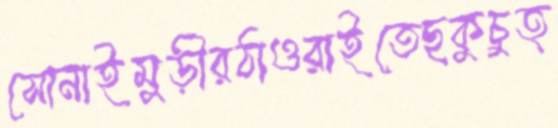
সোনাইমুড়ীরঠাওরাইতেছকুচুত্